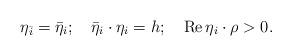
LaTeX: \begin{align*}\eta _{\bar{i}}=\bar{\eta}_i;\quad \bar{\eta}_i\cdot \eta _i=h;\quad \mathop{\rm Re}\eta _i\cdot \rho >0. \end{align*}